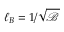
\ell _ { B } = 1 / \sqrt { \mathcal { B } }